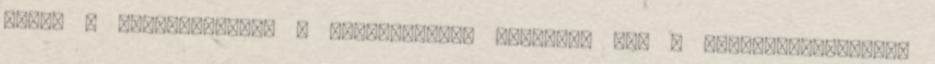
hanem a kibocsátásnak a függvényében fejezzük ki. A költségfüggvények